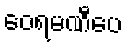
ဝေရမဏီပေ